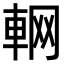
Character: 𨋹